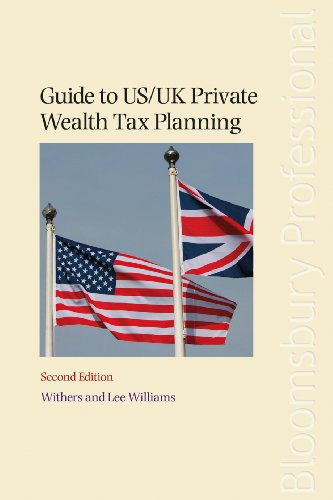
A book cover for Guide to US/UK Private Wealth Tax Planning: Second Edition; Lee Williams; Law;